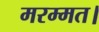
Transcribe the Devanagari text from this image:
मरम्मत।